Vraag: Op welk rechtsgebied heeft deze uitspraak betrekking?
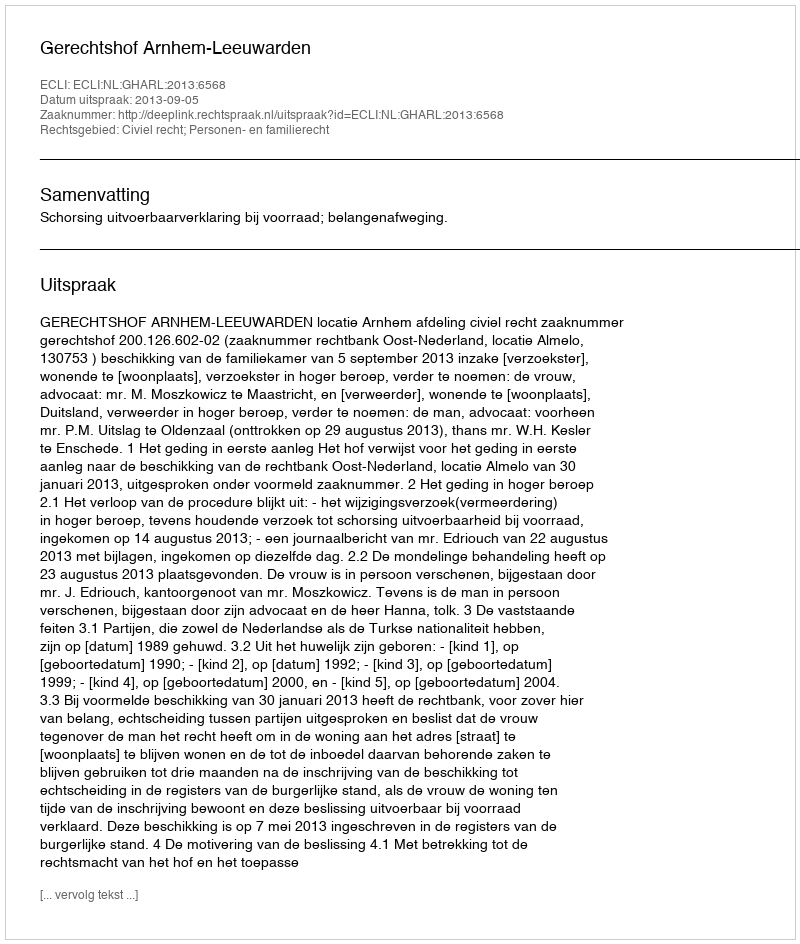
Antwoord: Civiel recht; Personen- en familierecht